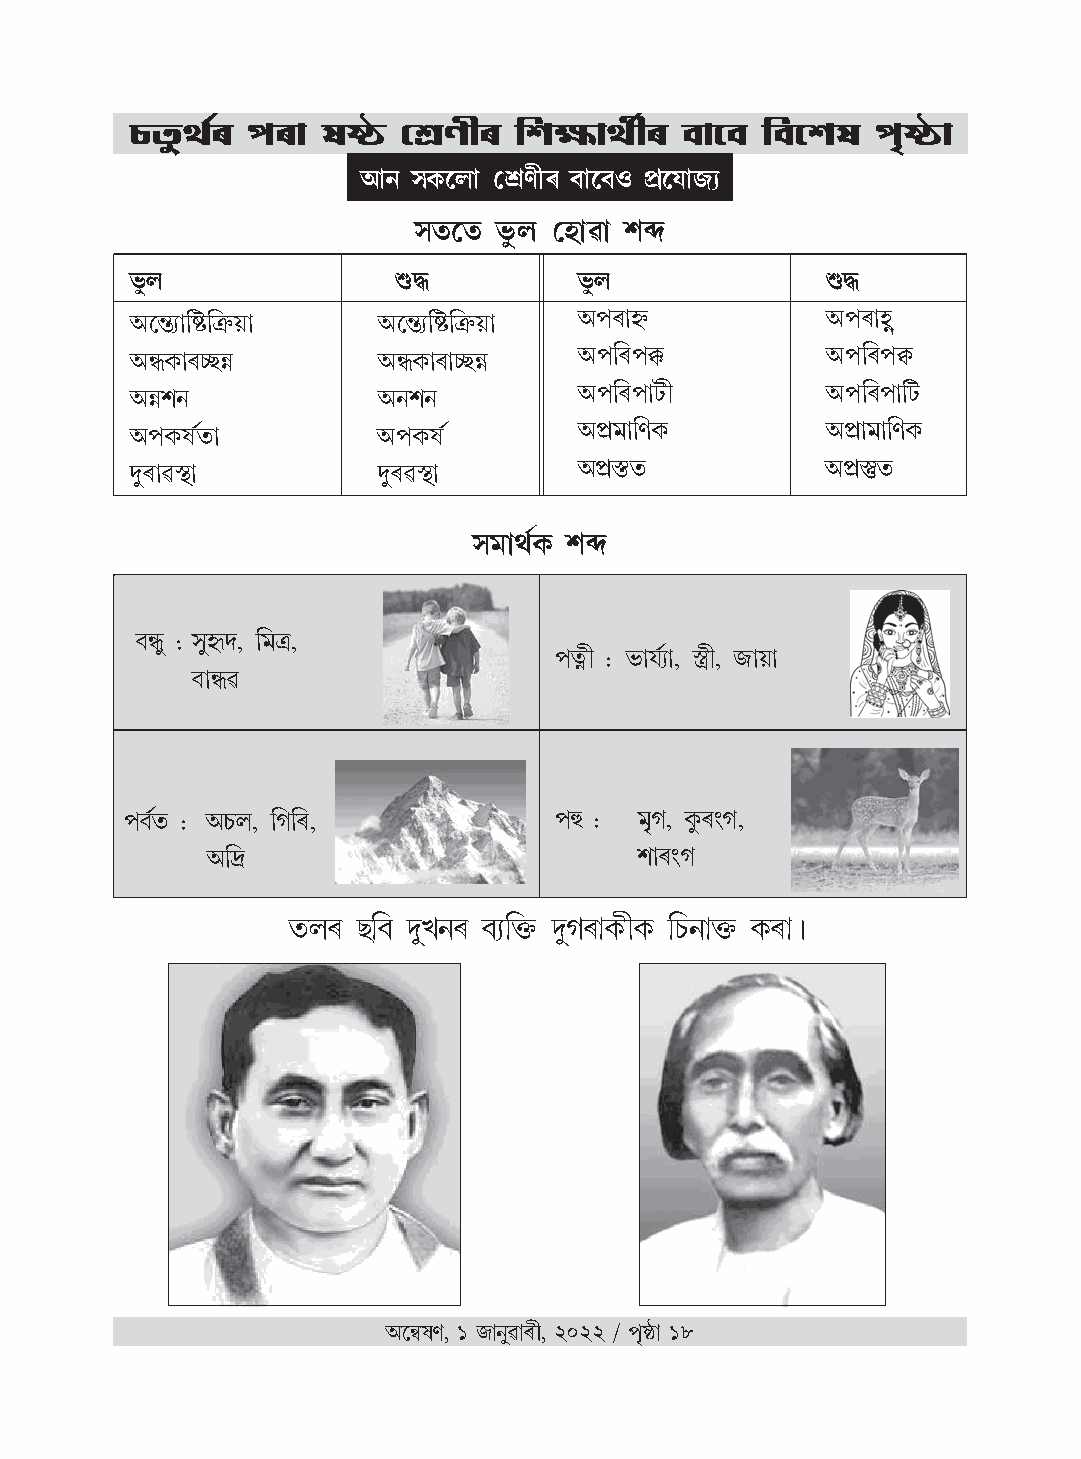
‰¬Ó≈¬Ô«1 ¬Û1± ¯∏á¬ Œ|Ìœ1 ø˙é¬±Ô«œ1  ¬ı±À¬ı ø¬ıÀ˙¯∏ ¬Û‘á¬±
 ’±Ú ¸fl¡À˘± Œ|Ìœ1 ¬ı±À¬ı› õ∂À˚±Ê√…
 ¸Ó¬ÀÓ¬ ˆ≈¬˘ Œ˝√√±ª± ˙s
 ˆ≈¬˘             qX          ˆ¬≈˘             qX
 ’ÀôL…±ø©ÜøSê˚˛± ’ÀôL…ø©ÜøSê˚˛± ’¬Û1±˝ê        ’¬Û1±Å
 ’gfl¡±126√iß    ’gfl¡±1±26√iß ’¬Ûø1¬Û!¡       ’¬Ûø1¬Û$¡
 ’iß˙Ú           ’Ú˙Ú         ’¬Ûø1¬Û±È¬œ      ’¬Ûø1¬Û±øÈ¬
 ’¬Ûfl¡¯∏«Ó¬±    ’¬Ûfl¡¯∏«    ’õ∂˜±øÌfl¡       ’õ∂±˜±øÌfl¡
 ≈√1±ª¶ö±       ≈√1ª¶ö±     ’õ∂ô¶Ó¬          ’õ∂dÓ¬
 ¸˜±Ô«fl¡ ˙s
 ¬ıg≈ . ¸≈˝√√+√, ø˜S,
 ¬ÛPœ . ˆ¬±˚«…±, ¶aœ, Ê√±˚˛±
 ¬ı±gª
 ¬Û¬ı«Ó¬ . ’‰¬˘, ø·ø1,        ¬ÛU . ˜‘·, fl≈¡1—·,
 ’ø^                         ˙±1—·
 Ó¬˘1 Â√ø¬ı ≈√‡Ú1 ¬ı…øMê√ ≈√·1±fl¡œfl¡ ø‰¬Ú±Mê√ fl¡1±º
 ’Ài§¯∏Ì, 1 Ê√±Ú≈ª±1œ, 2022 ˚ ¬Û‘á¬± 18